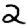
Digit: 2